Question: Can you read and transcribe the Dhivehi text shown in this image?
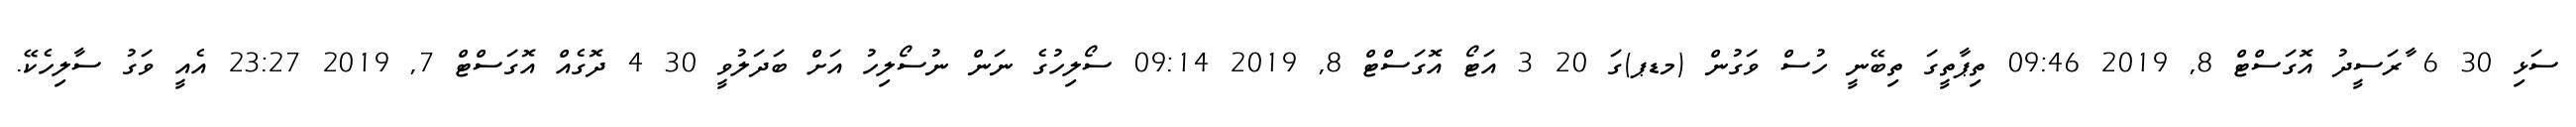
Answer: ސަޅި 30 6 ާރަސީދު އޮގަސްޓް 8, 2019 09:46 ތިޕާތީގަ ތިބޭނީ ހުސް ވަގުން (މޑޕ)ގަ 20 3 އަޓޯ އޮގަސްޓް 8, 2019 09:14 ސޯލިހުގެ ނަން ނުސޯލިހު އަށް ބަދަލުވީ 30 4 ދޮގެއް އޮގަސްޓް 7, 2019 23:27 އެއީ ވަގު ސާލިހެކޭ.